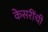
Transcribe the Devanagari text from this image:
केसरींची